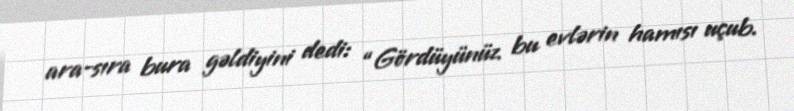
ara-sıra bura gəldiyini dedi: “Gördüyünüz bu evlərin hamısı uçub.